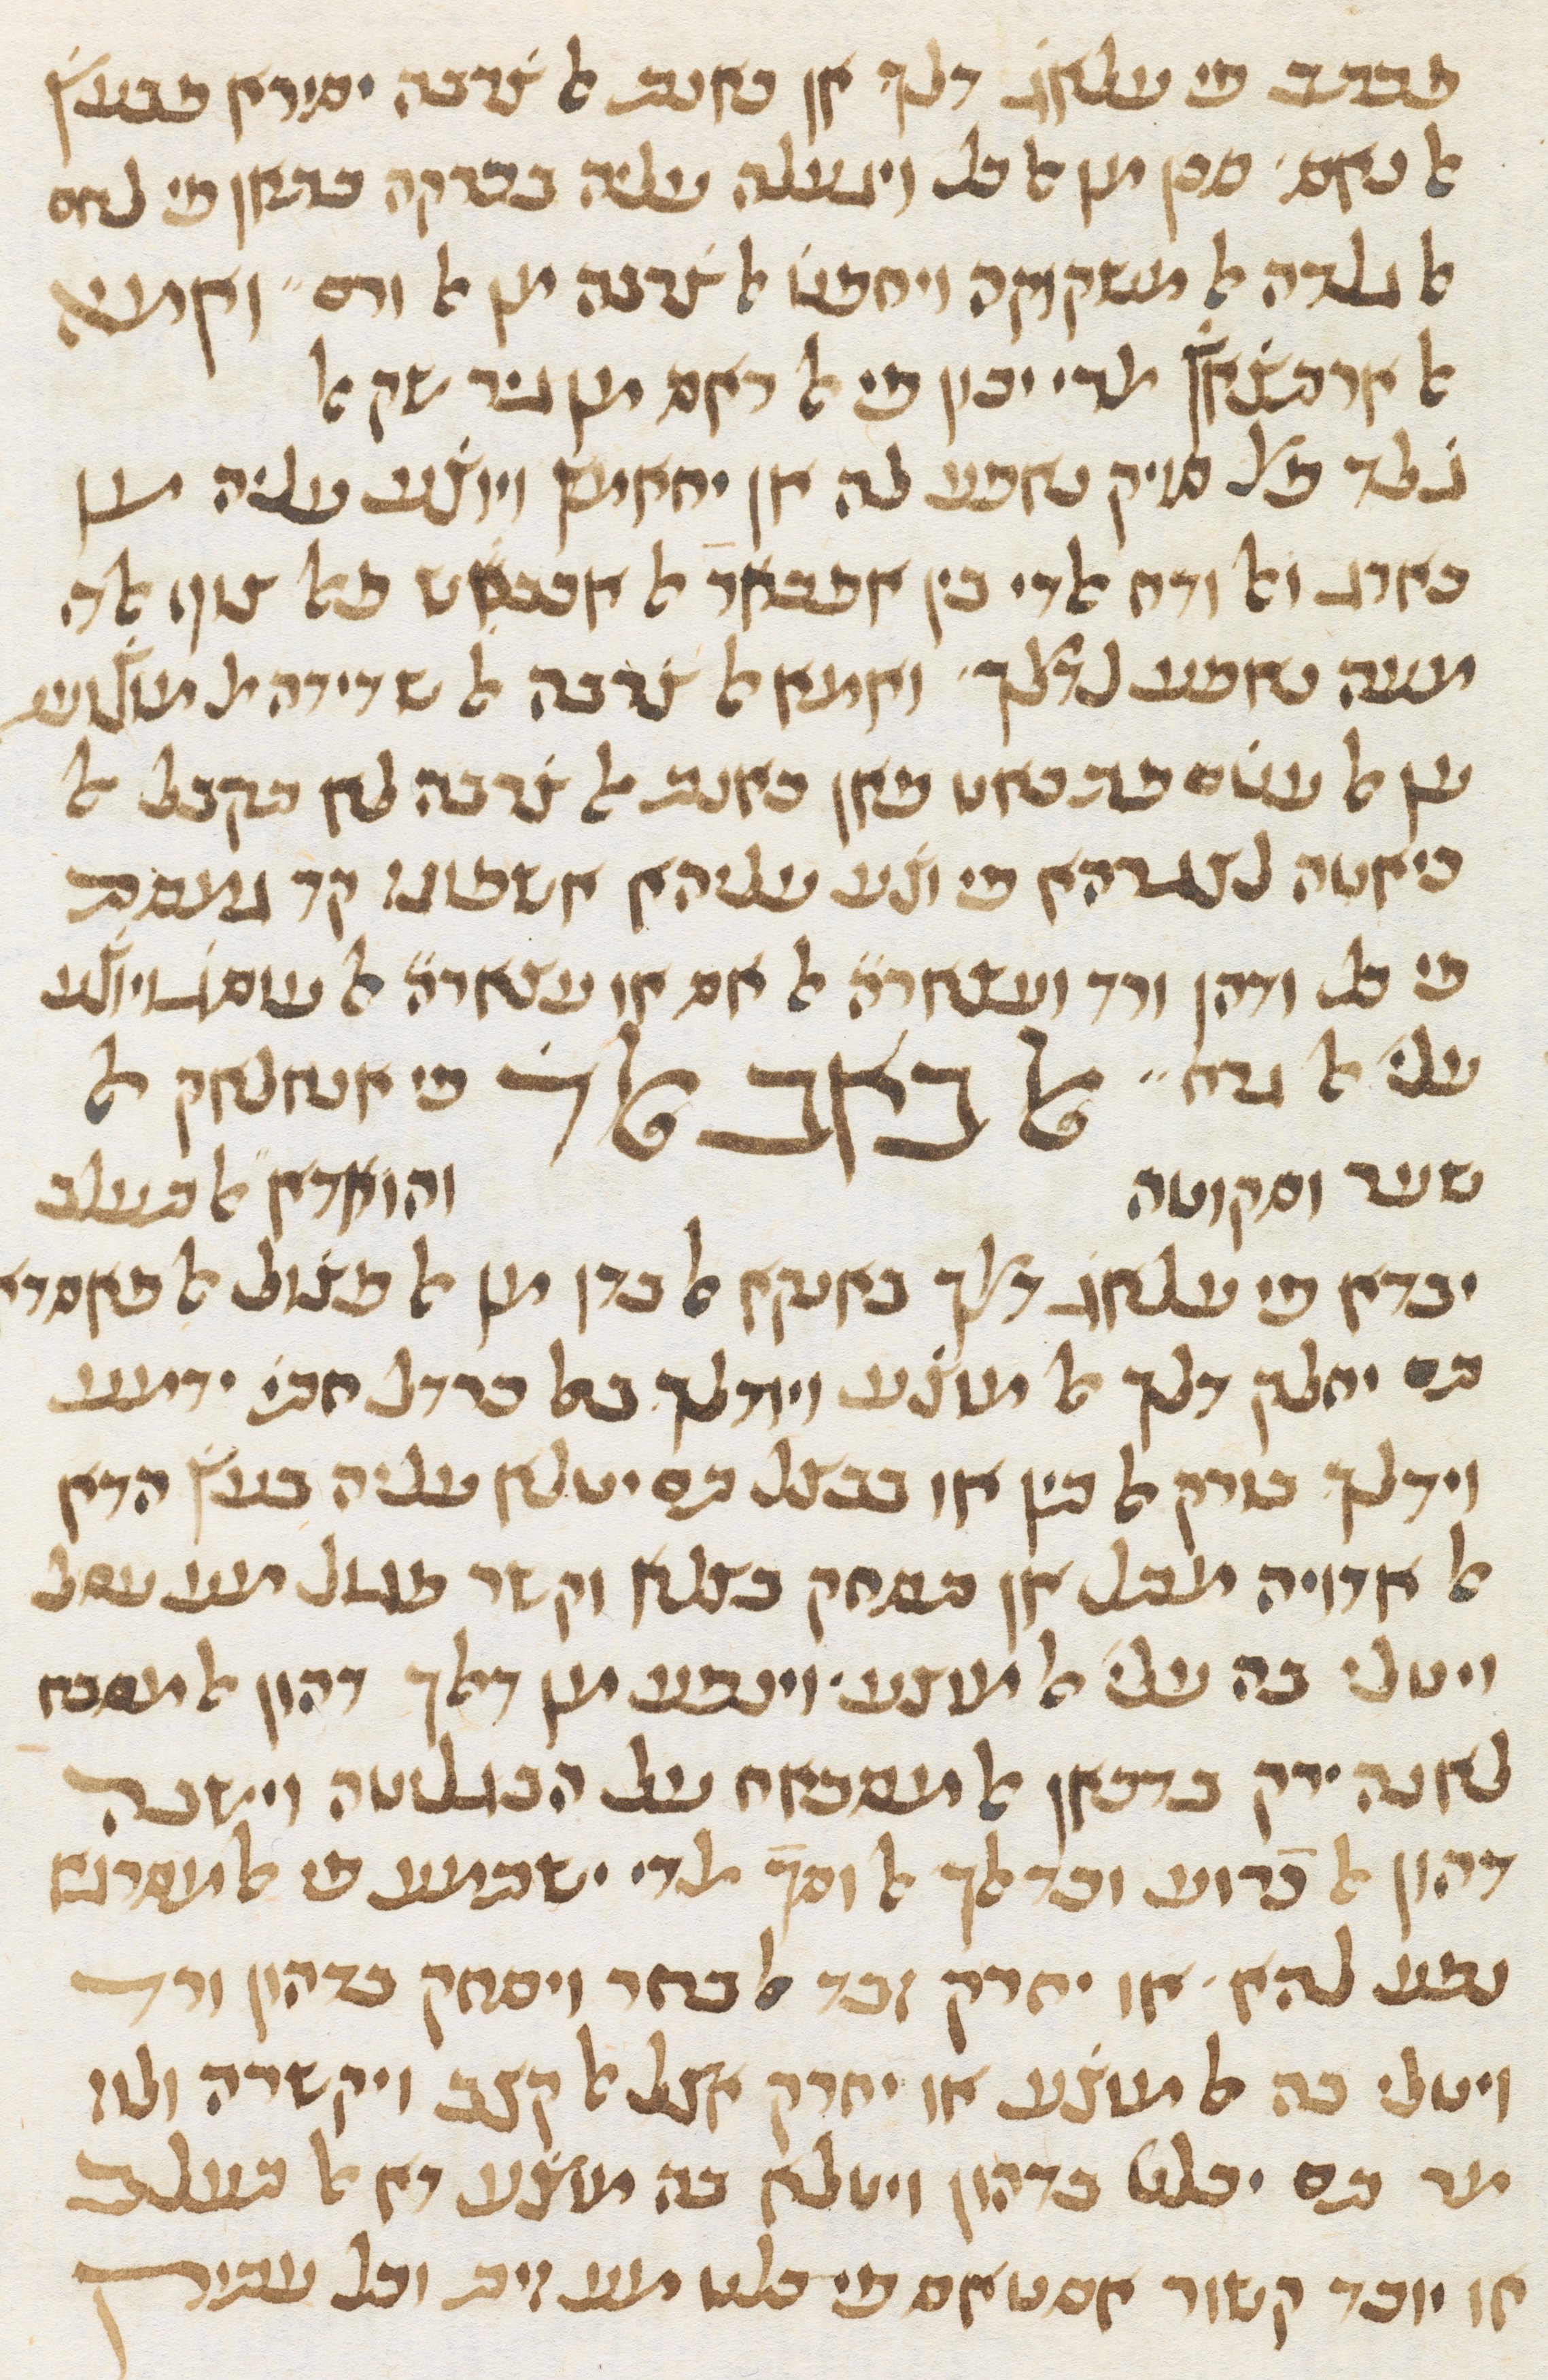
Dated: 1413–1413